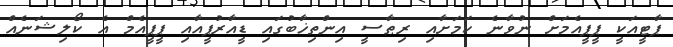
ޕާޓީއަކީ ޕީޕީއެމަށް ނުވާނެ ކަމަށާއި ރިޠާސީ އިންތިޚާބުގައި ޑީއާރުޕީއާއި ޕީޕީއެމް އެ ކޯލިޝަނެއް